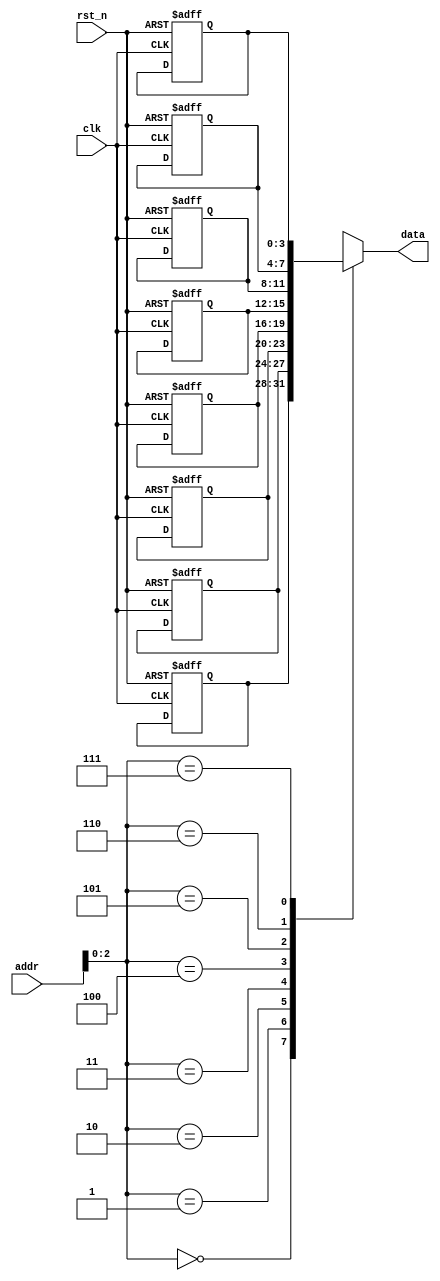
`timescale 1ns / 1ps
//////////////////////////////////////////////////////////////////////////////////
// Company: 
// Engineer: 
// 
// Design Name: 
// Module Name: rom
// Project Name: 
// Target Devices: 
// Tool Versions: 
// Description: 
// 
// Dependencies: 
// 
// Revision:
// Revision 0.01 - File Created
// Additional Comments:
// 
//////////////////////////////////////////////////////////////////////////////////


module rom(
    input  wire         clk,
    input  wire         rst_n,
    input  wire [7:0]   addr,

    output wire [3:0]   data
    );
    reg [3:0]   rom_data[7:0];
    always @(posedge clk or negedge rst_n) begin
        if(rst_n==1'b0) begin
            rom_data[0]<=4'd0;
            rom_data[1]<=4'd2;
            rom_data[2]<=4'd4;
            rom_data[3]<=4'd6;
            rom_data[4]<=4'd8;
            rom_data[5]<=4'd10;
            rom_data[6]<=4'd12;
            rom_data[7]<=4'd14;
        end 
        else begin
            rom_data[0]<=rom_data[0];
            rom_data[1]<=rom_data[1];
            rom_data[2]<=rom_data[2];
            rom_data[3]<=rom_data[3];
            rom_data[4]<=rom_data[4];
            rom_data[5]<=rom_data[5];
            rom_data[6]<=rom_data[6];
            rom_data[7]<=rom_data[7];
        end
    end

    assign data=rom_data[addr];


endmodule